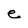
Character: e